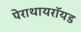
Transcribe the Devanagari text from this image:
पेराथायरॉयड